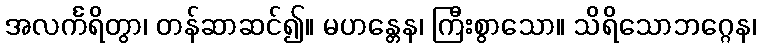
အလင်္ကရိတွာ၊ တန်ဆာဆင်၍။ မဟန္တေန၊ ကြီးစွာသော။ သိရိသောဘဂ္ဂေန၊